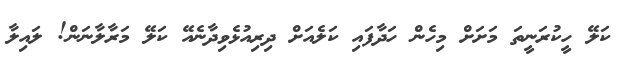
ކަލޭ ހީކުރަނީތަ މަށަށް މިހެން ހަދާފައި ކަލެއަށް ދިރިއުޅެވިދާނެއޭ ކަލޭ މަރާލާނަން! ލައިލާ